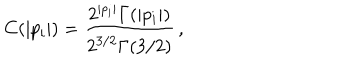
LaTeX: C ( | p _ { i } | ) = \frac { 2 ^ { | p _ { i } | } \Gamma ( | p _ { i } | ) } { 2 ^ { 3 / 2 } \Gamma ( 3 / 2 ) } \, ,